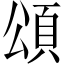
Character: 頌